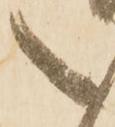
之